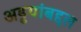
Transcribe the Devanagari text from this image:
अड्डयांबद्दल